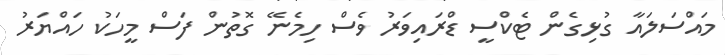
މައްސަލައާ ގުޅިގެން ޓެކްސީ ޑްރައިވަރު ވެސް ހިމެނޭ ގޮތުން ފަސް މީހަކު ހައްޔަރު